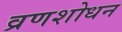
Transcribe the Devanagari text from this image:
व्रणशोधन